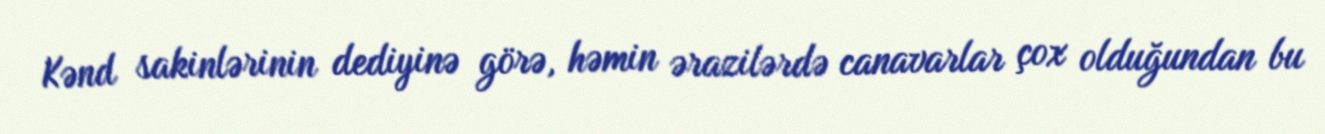
Kənd sakinlərinin dediyinə görə, həmin ərazilərdə canavarlar çox olduğundan bu